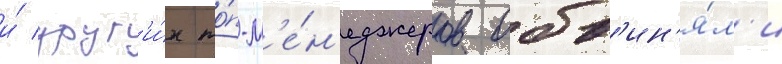
и́ друг'и́х то́п-м'е́н'еджеров обв'ин'я́л'и